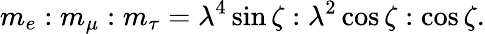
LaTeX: m_{e}:m_{\mu}:m_{\tau}=\lambda^{4}\sin\zeta:\lambda^{2}\cos\zeta:\cos\zeta.